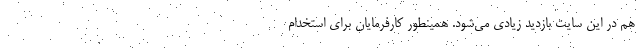
هم در این سایت بازدید زیادی می‌شود. همینطور کارفرمایان برای استخدام